Senior Leaving Certificate Examination (including Day School Certificate (Higher) General paper), 1950
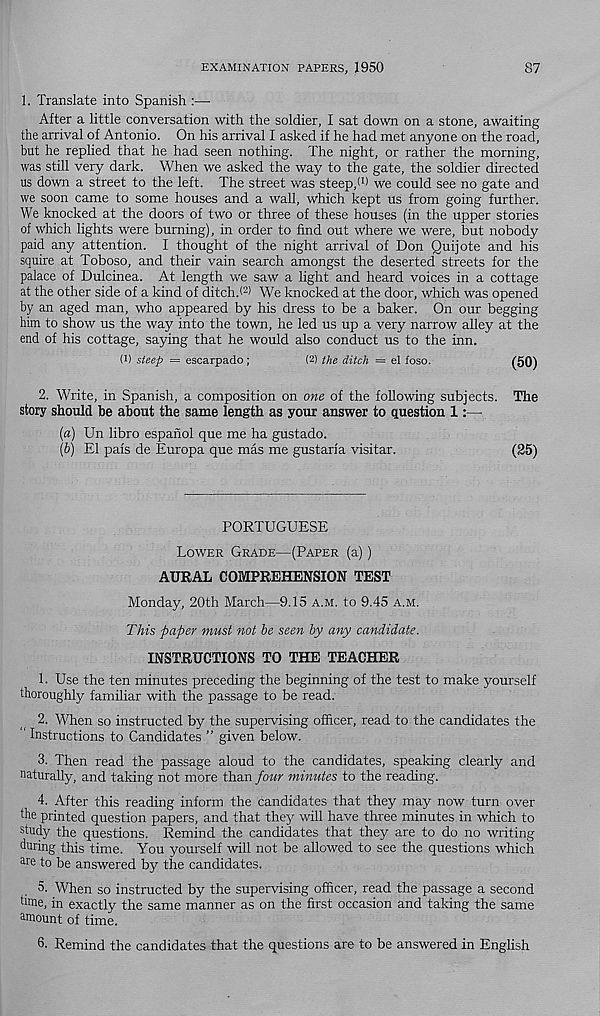
EXAMINATION PAPERS, 1950
87
1. Translate into Spanish :—
After a little conversation with the soldier, I sat down on a stone, awaiting
the arrival of Antonio. On his arrival I asked if he had met anyone on the road,
but he replied that he had seen nothing. The night, or rather the morning,
was still very dark. When we asked the way to the gate, the soldier directed
us down a street to the left. The street was steep/ 1 ) we could see no gate and
we soon came to some houses and a wall, which kept us from going further.
We knocked at the doors of two or three of these houses (in the upper stories
of which lights were burning), in order to find out where we were, but nobody
paid any attention. I thought of the night arrival of Don Quijote and his
squire at Toboso, and their vain search amongst the deserted streets for the
palace of Dulcinea. At length w'e saw a light and heard voices in a cottage
at the other side of a kind of ditch.( 2 ) We knocked at the door, which was opened
by an aged man, who appeared by his dress to be a baker. On our begging
him to show us the way into the town, he led us up a very narrow alley at the
end of his cottage, saying that he would also conduct us to the inn.
(1) steep = escarpado;
(2) the ditch = el foso.
(50)
2. Write, in Spanish, a composition on one of the following subjects. The
story should be about the same length as your answer to question 1:—
(a) Un libro espahol que me ha gustado.
(b) El pais de Europa que mas me gustaria visitar.
(25)
PORTUGUESE
Lower Grade—(Paper (a) )
AURAL COMPREHENSION TEST
Monday, 20th March—9.15 a.m. to 9.45 a.m.
This paper must not be seen by any candidate.
INSTRUCTIONS TO THE TEACHER
1. Use the ten minutes preceding the beginning of the test to make yourself
thoroughly familiar with the passage to be read.
2. When so instructed by the supervising officer, read to the candidates the
‘ Instructions to Candidates ” given below.
3. Then read the passage aloud to the candidates, speaking clearly and
naturally, and taking not more than four minutes to the reading.
4. After this reading inform the candidates that they may now turn over
Ihe printed question papers, and that they will have three minutes in which to
study the questions. Remind the candidates that they are to do no writing
during this time. You yourself will not be allowed to see the questions which
are to be answered by the candidates.
5. When so instructed by the supervising officer, read the passage a second
tirne, in exactly the same manner as on the first occasion and taking the same
amount of time.
6. Remind the candidates that the questions are to be answered in English